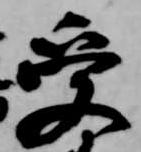
受